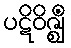
ပဋိဝိဇ္ဈိံ